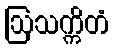
ဩသက္ကိတံ